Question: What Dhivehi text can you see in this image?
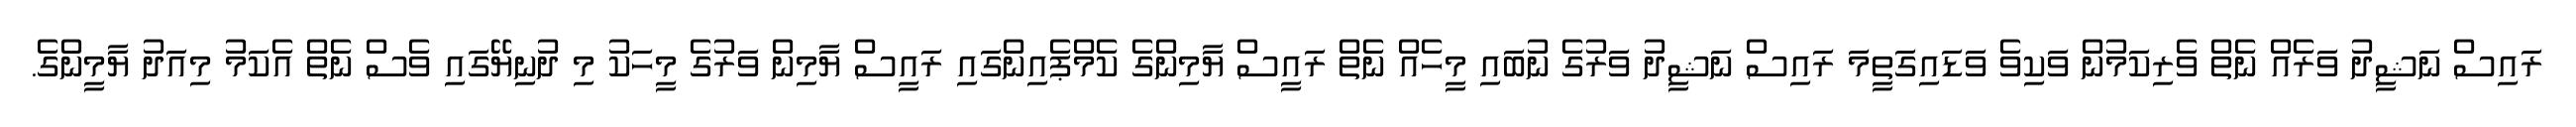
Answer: ރައިސް ނަޝީދު ވަރެއް ނެތް ވެރިކަމުން ވަކިވެ ވަޑައިގަތީމަ ރައިސް ނަޝީދު ވަރުގެ ނުބައި މީހެއް ނެތް ރައީސް ޔާމިންގެ ކެމްޕެއިންގައި ރައީސް ޔާމިން ވަރުގެ މީހަކު މި ދުނިޔޭގައި ވެސް ނެތް އެކަމު މިއަދު ޔާމީންގެ.